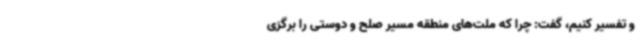
و تفسیر کنیم، گفت: چرا که ملت‌های منطقه مسیر صلح و دوستی را برگزی